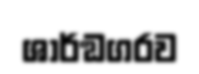
ශාර්ඞගරව